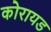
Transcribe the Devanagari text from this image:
कोरायड